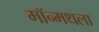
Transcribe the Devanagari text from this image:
मॉन्मथला